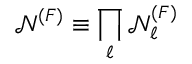
\mathcal { N } ^ { ( F ) } \equiv \prod _ { \ell } \mathcal { N } _ { \ell } ^ { ( F ) }